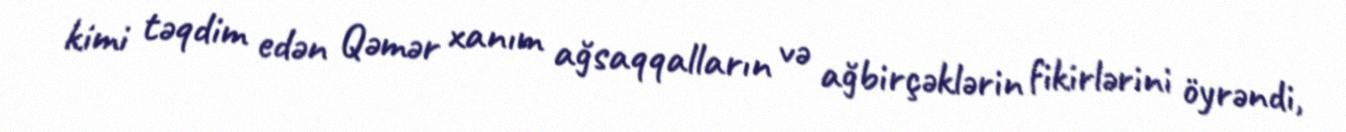
kimi təqdim edən Qəmər xanım ağsaqqalların və ağbirçəklərin fikirlərini öyrəndi,